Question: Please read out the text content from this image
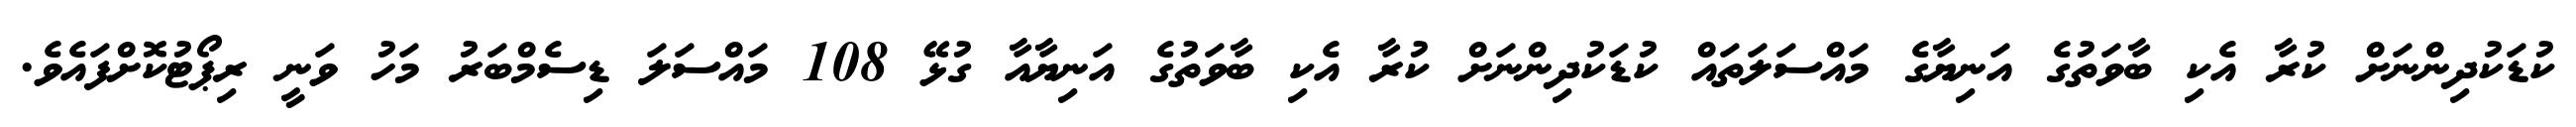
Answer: ކުޑަކުދިންނަށް ކުރާ އެކި ބާވަތުގެ އަނިޔާގެ މައްސަލަތައް ކުޑަކުދިންނަށް ކުރާ އެކި ބާވަތުގެ އަނިޔާއާ ގުޅޭ 108 މައްސަލަ ޑިސެމްބަރު މަހު ވަނީ ރިޕޯޓުކޮށްފައެވެ.